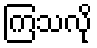
ကြသလို